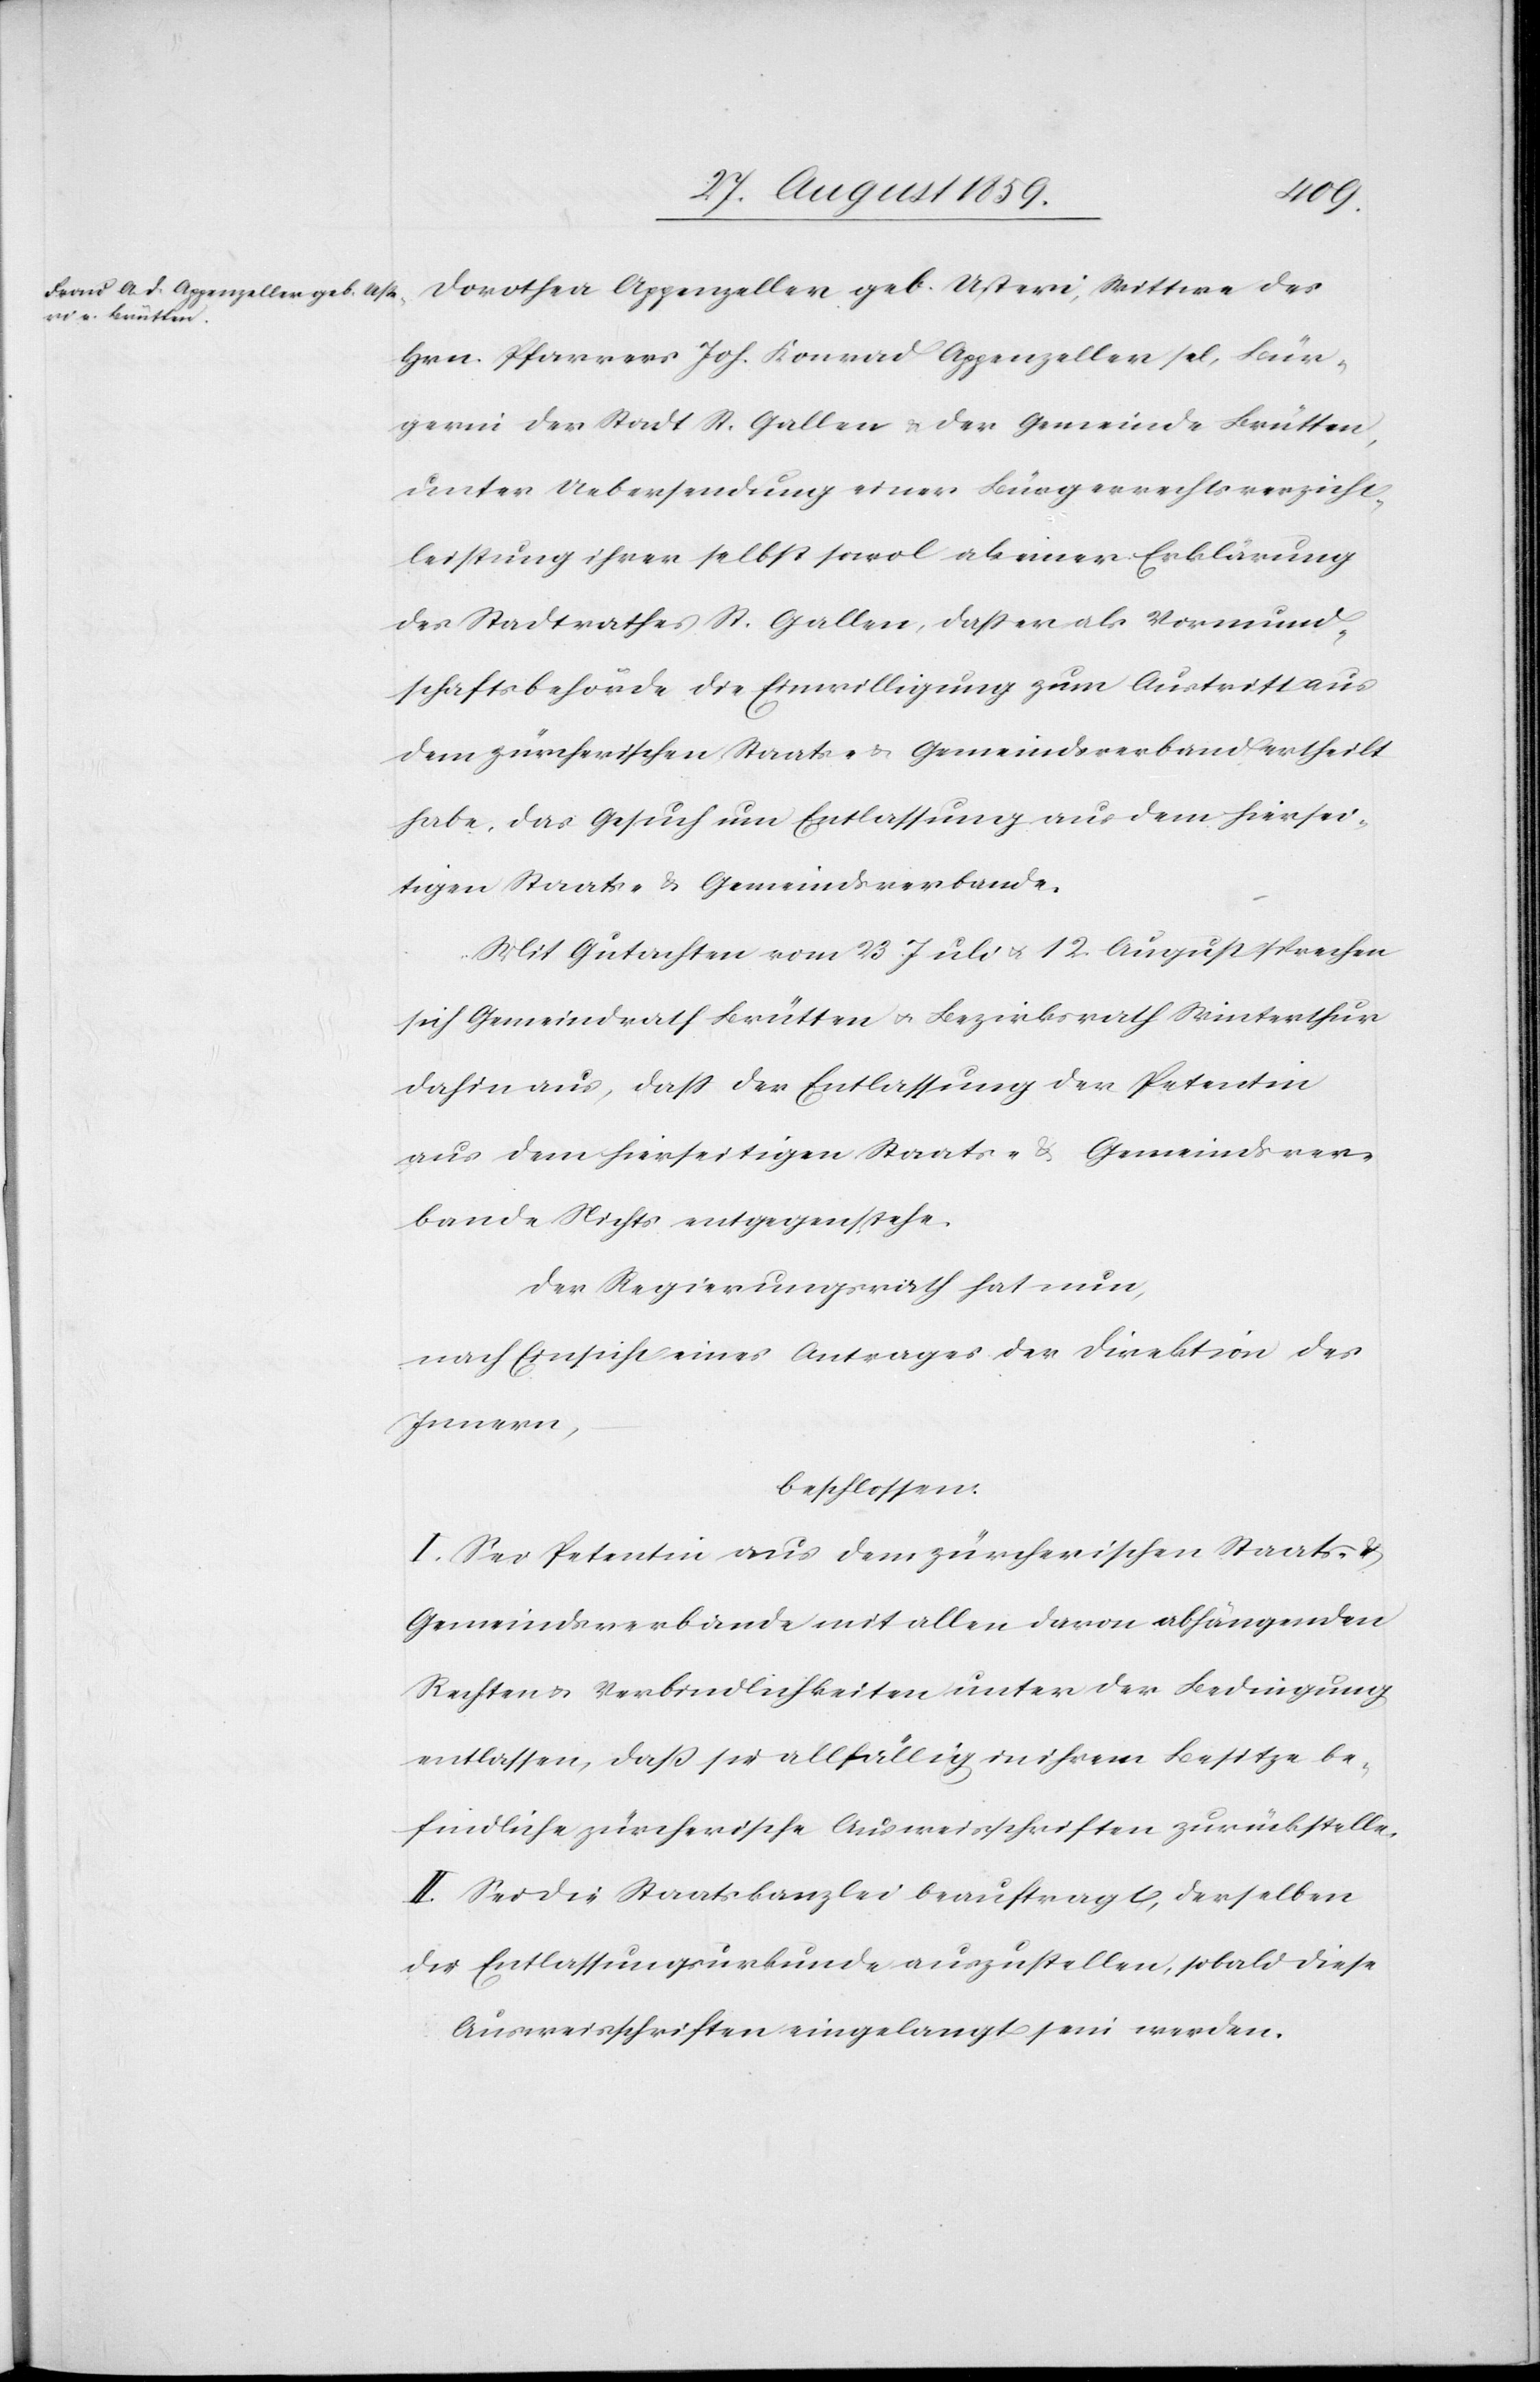
Dorothea Appenzeller geb. Usteri, Wittwe des
Hrn. Pfarrer Joh. Konrad Appenzeller sel[.], Bür¬
gerin der Stadt St. Gallen & der Gemeinde Brütten,
unter Uebersendung einer Bürgerrechtverzicht¬
leistung ihrer selbst sowol als einer Erklärung
des Stadtrathes St. Gallen, daß er als Vormund¬
schaftsbehörde die Einwilligung zum Austritt aus
dem zürcherischen Staats- & Gemeindsverband ertheilt
habe, das Gesuch um Entlassung aus dem hiersei¬
tigen Staats- & Gemeindsverbunde.
Mit Gutachten vom 23. Juli & 12. August sprechen
sich Gemeindrath Brütten & Bezirksrath Winterthur
dahin aus, daß der Entlassung der Petentin
aus dem hierseitigen Staats- & Gemeindsver¬
bande Nichts entgegenstehe.
Der Regierungsrath hat nun,
nach Einsicht eines Antrages der Direktion des
Innern,
beschlossen:
I. Sei Petentin aus dem zürcherischen Staats- &
Gemeindsverbande mit allen davon abhängenden
Rechten & Verbindlichkeiten unter der Bedingung
entlassen, daß sie allfällig in ihrem Besitze be¬
findliche zürcherische Ausweisschriften zurückstelle.
II. Sei die Staatskanzlei beauftragt, derselben
die Entlassungsurkunde auszustellen, sobald diese
Ausweisschriften eingelangt sein werden.